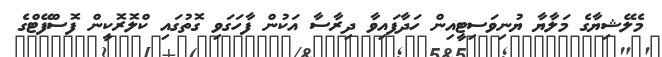
މެލޭޝިޔާގެ މަލާޔާ ޔުނިވަސިޓީއިން ހަދާފައިވާ ދިރާސާ އަކުން ފާހަގަވި ގޮތުގައި ކްލޮރޮކީން ފޮސްފޭޓްގެ